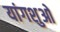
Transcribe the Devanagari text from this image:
यांगशुओ